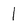
Character: l